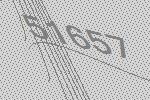
51657